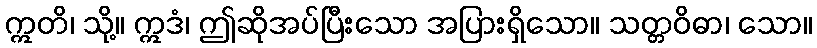
ဣတိ၊ သို့။ ဣဒံ၊ ဤဆိုအပ်ပြီးသော အပြားရှိသော။ သတ္တဝိဓာ၊ သော။